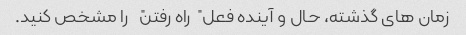
زمان های گذشته، حال و آینده فعل "راه رفتن" را مشخص کنید.